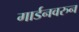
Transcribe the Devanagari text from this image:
गार्डनवरुन